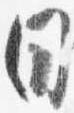
日